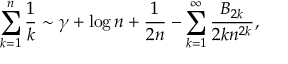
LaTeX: \sum _ { k = 1 } ^ { n } { \frac { 1 } { k } } \sim \gamma + \log n + { \frac { 1 } { 2 n } } - \sum _ { k = 1 } ^ { \infty } { \frac { B _ { 2 k } } { 2 k n ^ { 2 k } } } ,